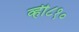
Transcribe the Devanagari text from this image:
व्ही८१०